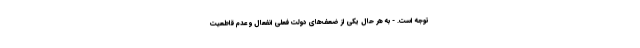
توجه است. - به هر حال یکی از ضعف‌های دولت فعلی انفعال و عدم قاطعیت